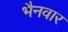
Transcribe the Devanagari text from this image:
भैनवार